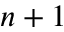
n + 1